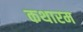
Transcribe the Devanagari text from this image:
कथारम